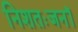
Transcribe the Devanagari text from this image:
निशतःजनॉ